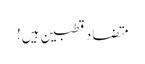
متضاد قطبین ہیں!